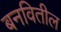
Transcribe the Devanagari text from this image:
बनवितील